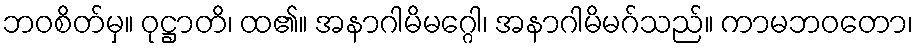
ဘဝစိတ်မှ။ ဝုဋ္ဌာတိ၊ ထ၏။ အနာဂါမိမဂ္ဂေါ၊ အနာဂါမိမဂ်သည်။ ကာမဘဝတော၊